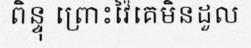
ពិន្ទុ ព្រោះវ៉ៃគេមិនដួល